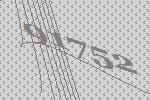
91752